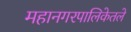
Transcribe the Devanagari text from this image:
महानगरपालिकेतले